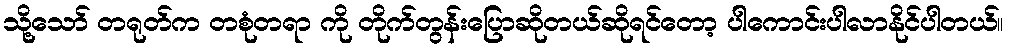
သို့သော် တရုတ်က တစုံတရာ ကို တိုက်တွန်းပြောဆိုတယ်ဆိုရင်တော့ ပါကောင်းပါလာနိုင်ပါတယ်။